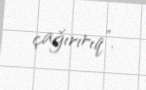
çağırırıq”.